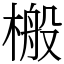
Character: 㮽